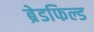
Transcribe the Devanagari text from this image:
ब्रेडफिल्ड